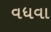
વધવા